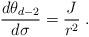
LaTeX: \begin{align*}\frac{d\theta_{d-2}}{d\sigma}=\frac{J}{r^2}\;.\end{align*}